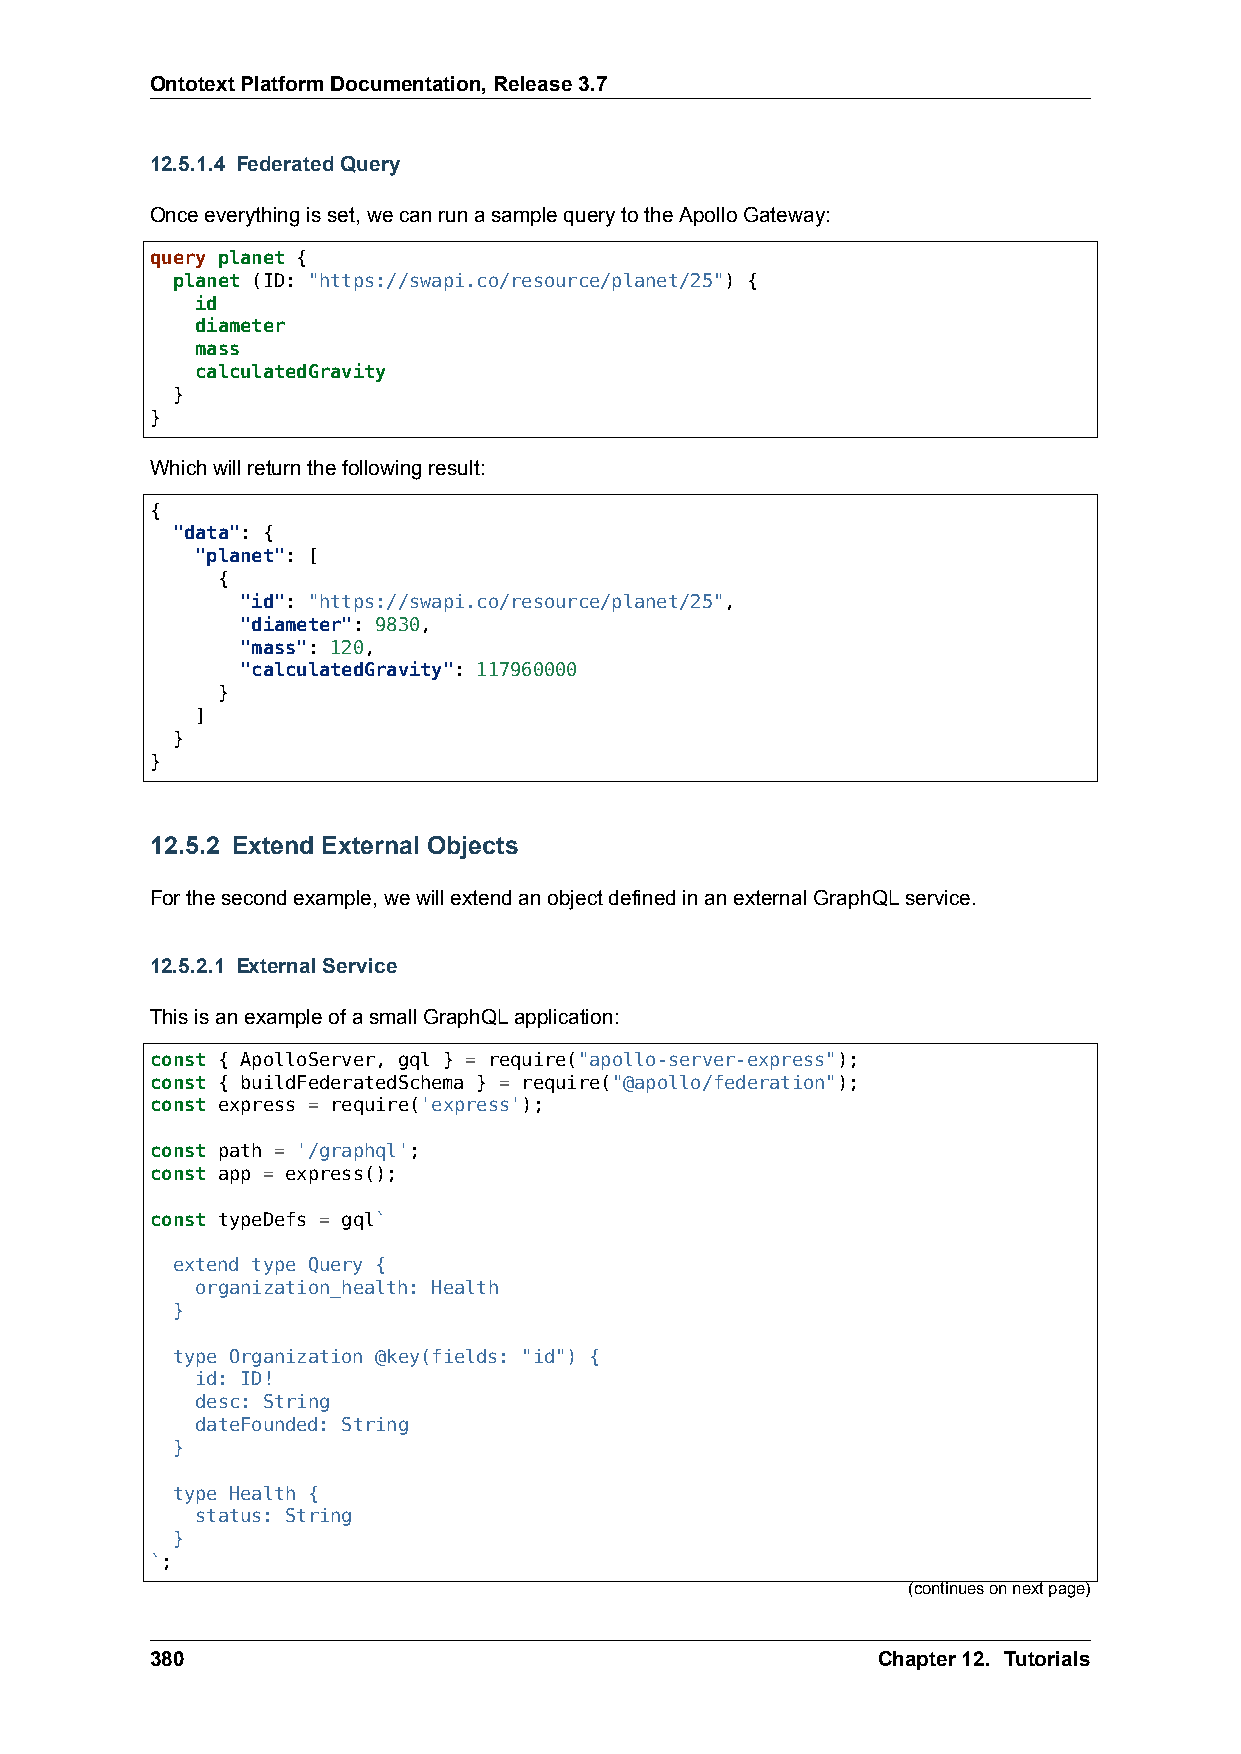
OntotextPlatformDocumentation,Release3.7
 12.5.1.4 FederatedQuery
 Onceeverythingisset,wecanrunasamplequerytotheApolloGateway:
 query planet {
 planet (ID: "https://swapi.co/resource/planet/25") {
 id
 diameter
 mass
 calculatedGravity
 }
 }
 Whichwillreturnthefollowingresult:
 {
 "data": {
 "planet": [
 {
 "id": "https://swapi.co/resource/planet/25",
 "diameter": 9830,
 "mass": 120,
 "calculatedGravity": 117960000
 }
 ]
 }
 }
 12.5.2 Extend External Objects
 Forthesecondexample,wewillextendanobjectdefinedinanexternalGraphQLservice.
 12.5.2.1 ExternalService
 ThisisanexampleofasmallGraphQLapplication:
 const { ApolloServer, gql } = require("apollo-server-express");
 const { buildFederatedSchema } = require("@apollo/federation");
 const express = require('express');
 const path = '/graphql';
 const app = express();
 const typeDefs = gql`
 extend type Query {
 organization_health: Health
 }
 type Organization @key(fields: "id") {
 id: ID!
 desc: String
 dateFounded: String
 }
 type Health {
 status: String
 }
 `;
 (continuesonnextpage)
 380                                             Chapter12. Tutorials